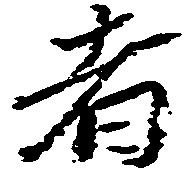
者